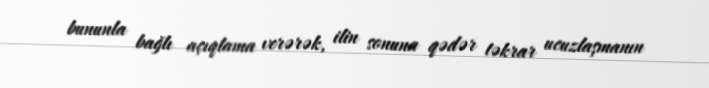
bununla bağlı açıqlama verərək, ilin sonuna qədər təkrar ucuzlaşmanın